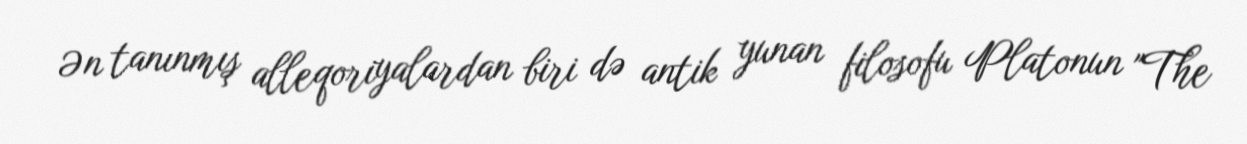
Ən tanınmış alleqoriyalardan biri də antik yunan filosofu Platonun "The